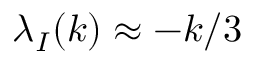
\lambda _ { I } ( k ) \approx - k / 3